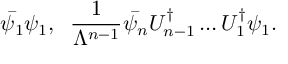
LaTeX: \bar { \psi _ { 1 } } \psi _ { 1 } , \; \; \frac { 1 } { \Lambda ^ { n - 1 } } \bar { \psi _ { n } } U _ { n - 1 } ^ { \dagger } \ldots U _ { 1 } ^ { \dagger } \psi _ { 1 } .